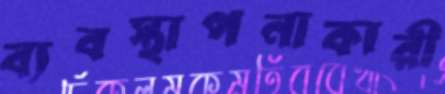
ব্যবস্থাপনাকারী